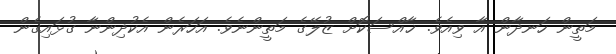
މަތީން ހަނދާން އާ ވިއެވެ. ޚާއްސަކޮށް ޒުލޭގެ މަތީންނެވެ. އަހަރެން އެކުދިންނާ ގުޅައިގެން